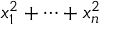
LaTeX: x _ { 1 } ^ { 2 } + \cdots + x _ { n } ^ { 2 }